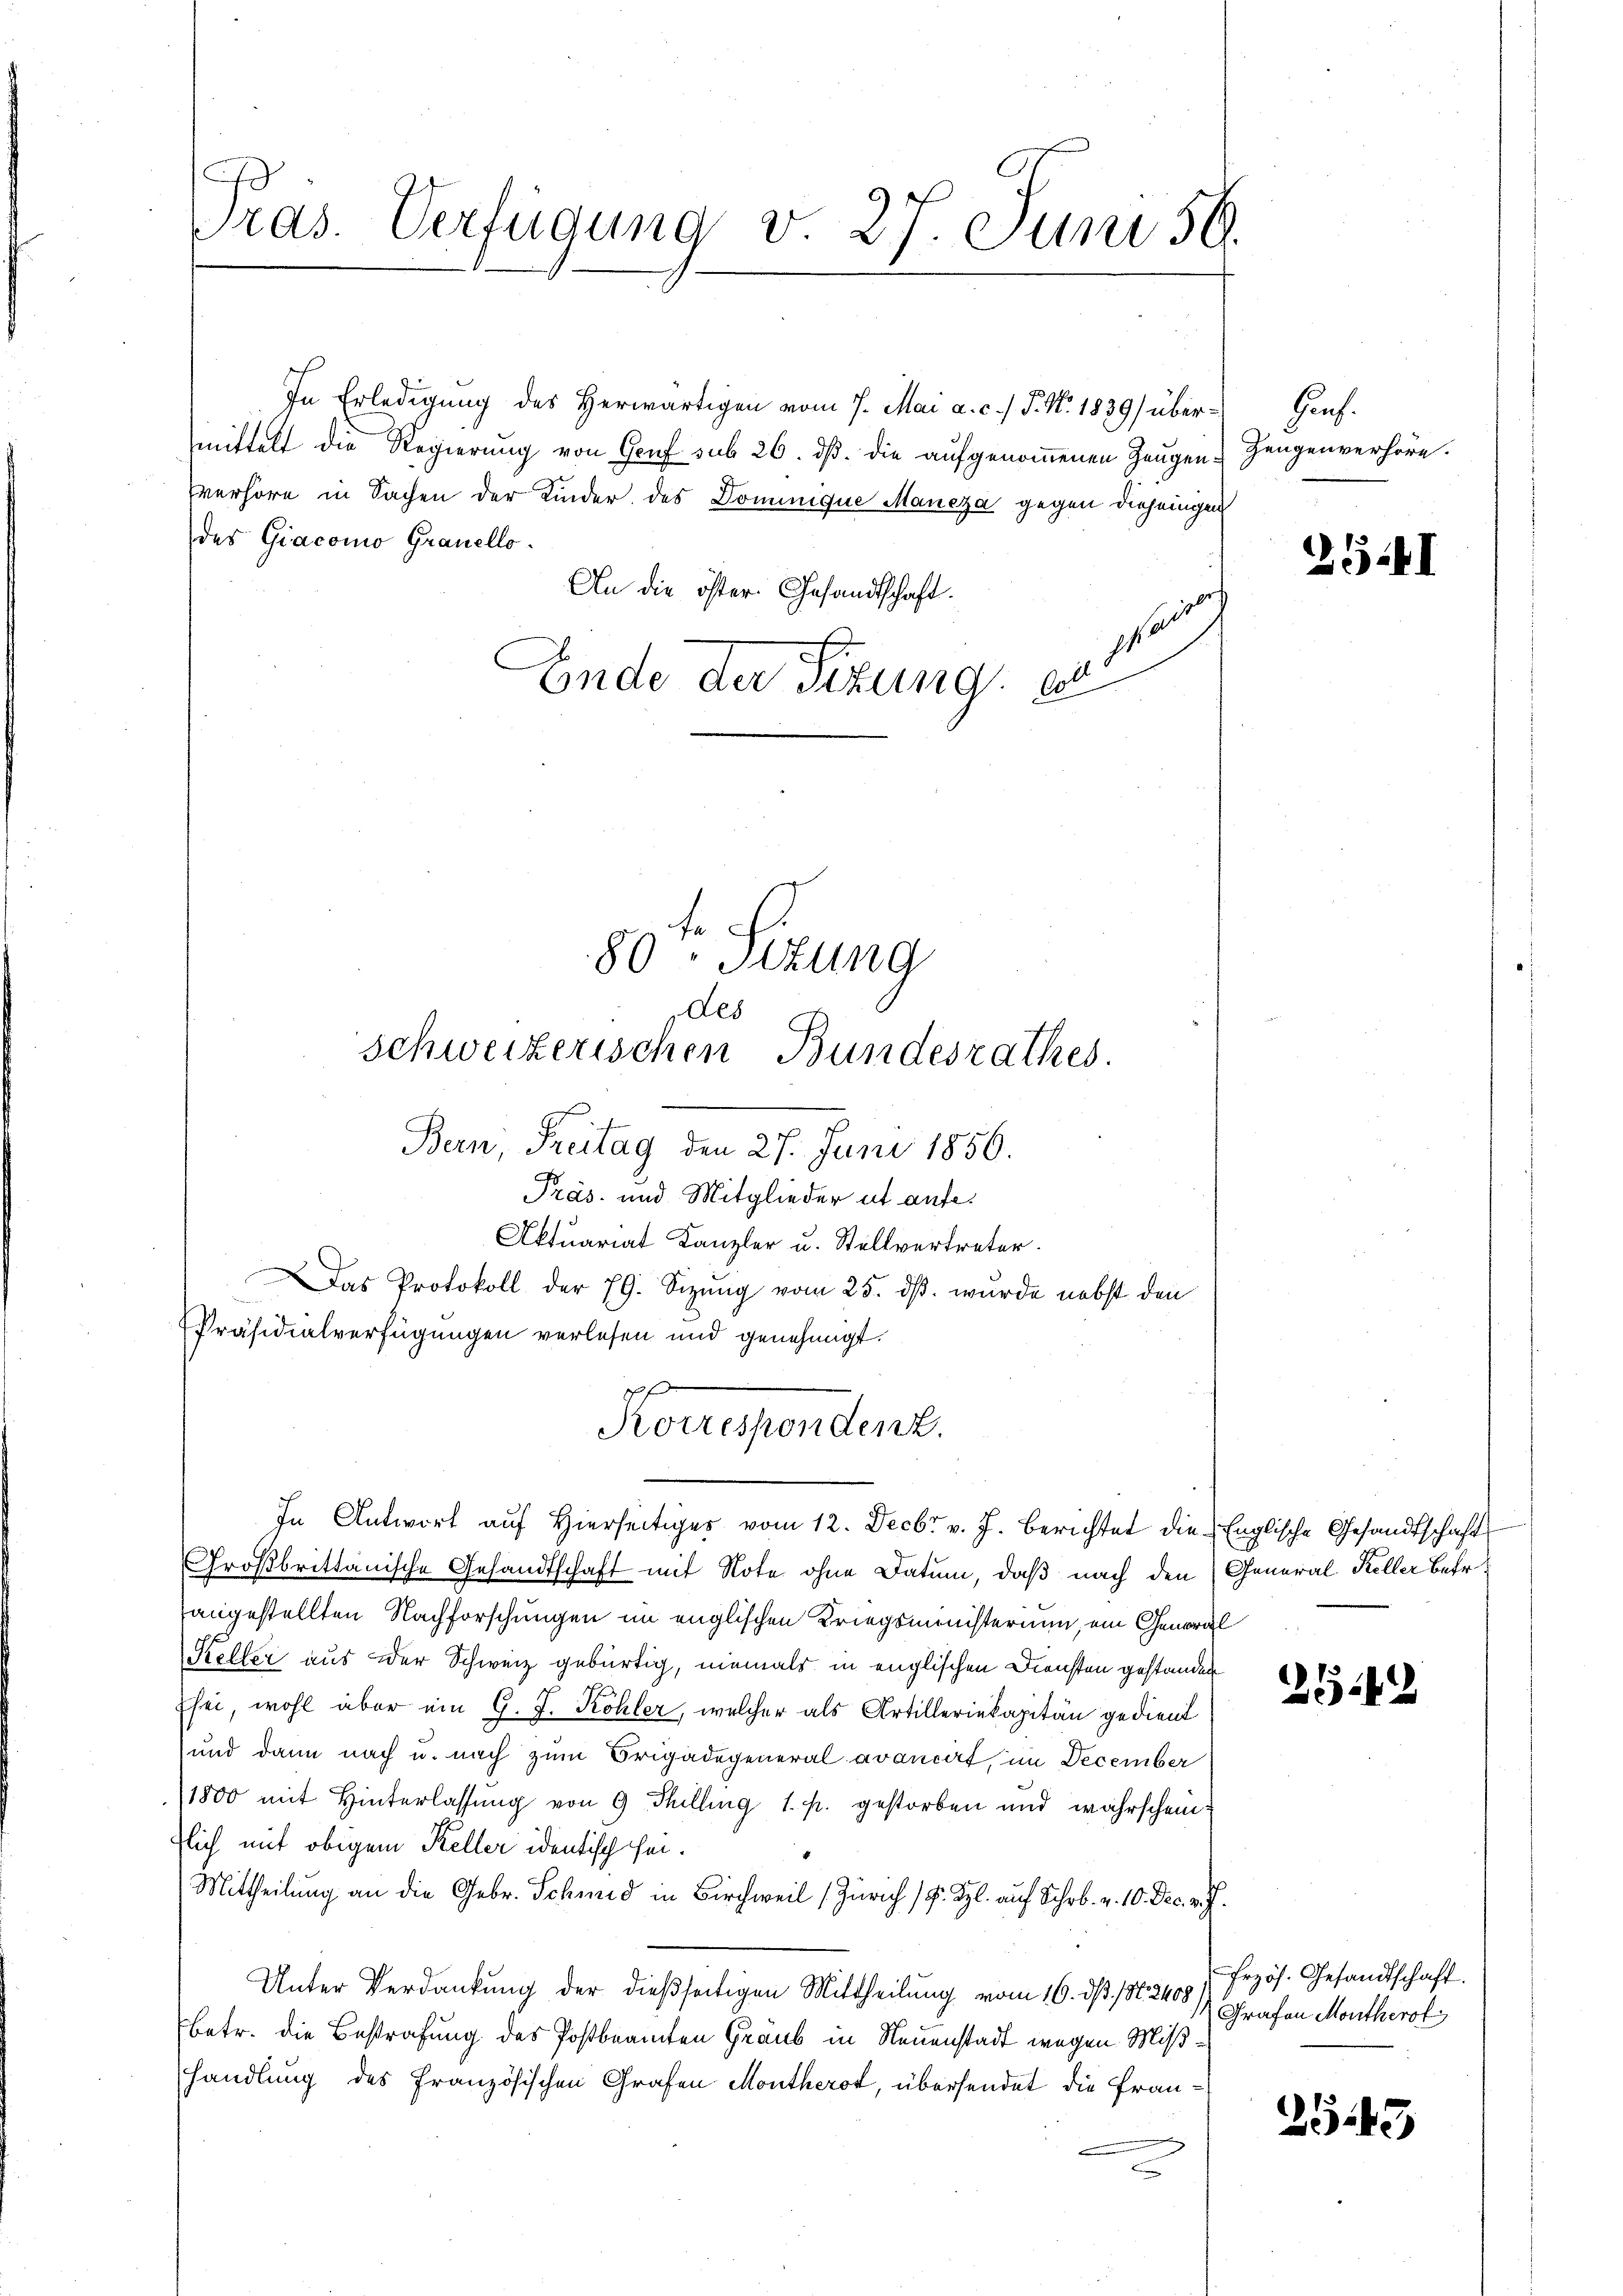
C
Pras. Verfügung d. 27. Juni 56.

In Erledigung des Herwärtigen vom 7. Mai a. c.) P. Nr. 1839) übermittelt die Regierung von Genf sub 26. dß. die aufgenommenen Zeugenverhöre in Sachen der Kinder des Dominique Maneza gegen diejenigen
des Giacomo Granello.
An die öster. Gesandtschaft.
s
Ende der Sizung e

80-Sitzung
des
schweizerischen Bundesrathes.
Bern, Freitag den 27. Juni 1856.

f
Korrespondenz.
In Antwort aŭf hierseitiges vom 12. Decbr v. J. berichtet die Englische Gesandtschaft

Präs. und Mitglieder et aufe.
Aktuariat Kanzler u. Stellvertreter.
Das Protokoll der 79. Sizung vom 25. ds. wurde nebst den
Präsidialverfügungen verlesen und genehmigt.

Großbrittanische Gesandtschaft mit Note ohne Datum, daß nach den (General Keller betr.
angestellten Nachforschungen im englischen Kriegsministerium, ein General
Keller aus der Schweiz gebürtig, niemals in englischen Diensten gestanden
Esei, wohl aber ein G. J. Kohler, welcher als Artilleriekapitän gedient
und dann nach u. nach zum Brigadegeneral avancirt, im December
1800 mit Hinterlassung von 9 Thilling 1. p. gestorben und wahrschein
lich mit obigem Keller identisch sei.
Mittheilung an die Gebr. Schmid in Birchweil (Zürich 1 Fr. Kl. auf Schob. v. 10. Dec. v. J.
Unter Verdankung der dießseitigen Mittheilung vom 16. d. 156. 3400 / Grafen Montherol
betr. die Bestrafung des Postbeamten Graub in Neuenstadt wegen Mißhandlung des Französischen Grafen Montherot, übersendet die Frau¬
.

Prof.
Zeugenverhöre.

354)

242

Frzös. Gesandtschaft.

2543